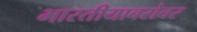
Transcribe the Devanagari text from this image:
भारतीयाबरोबर